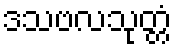
ဒသဗလသုတ္တံ